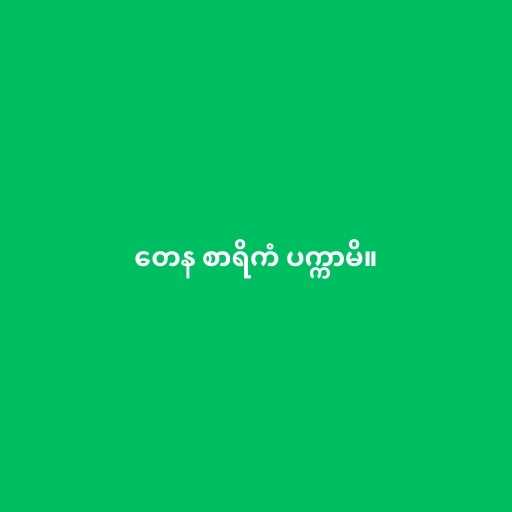
တေန စာရိကံ ပက္ကာမိ။